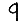
Digit: 9